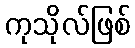
ကုသိုလ်ဖြစ်